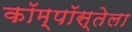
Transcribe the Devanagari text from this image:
कॉम्पॉस्तेला